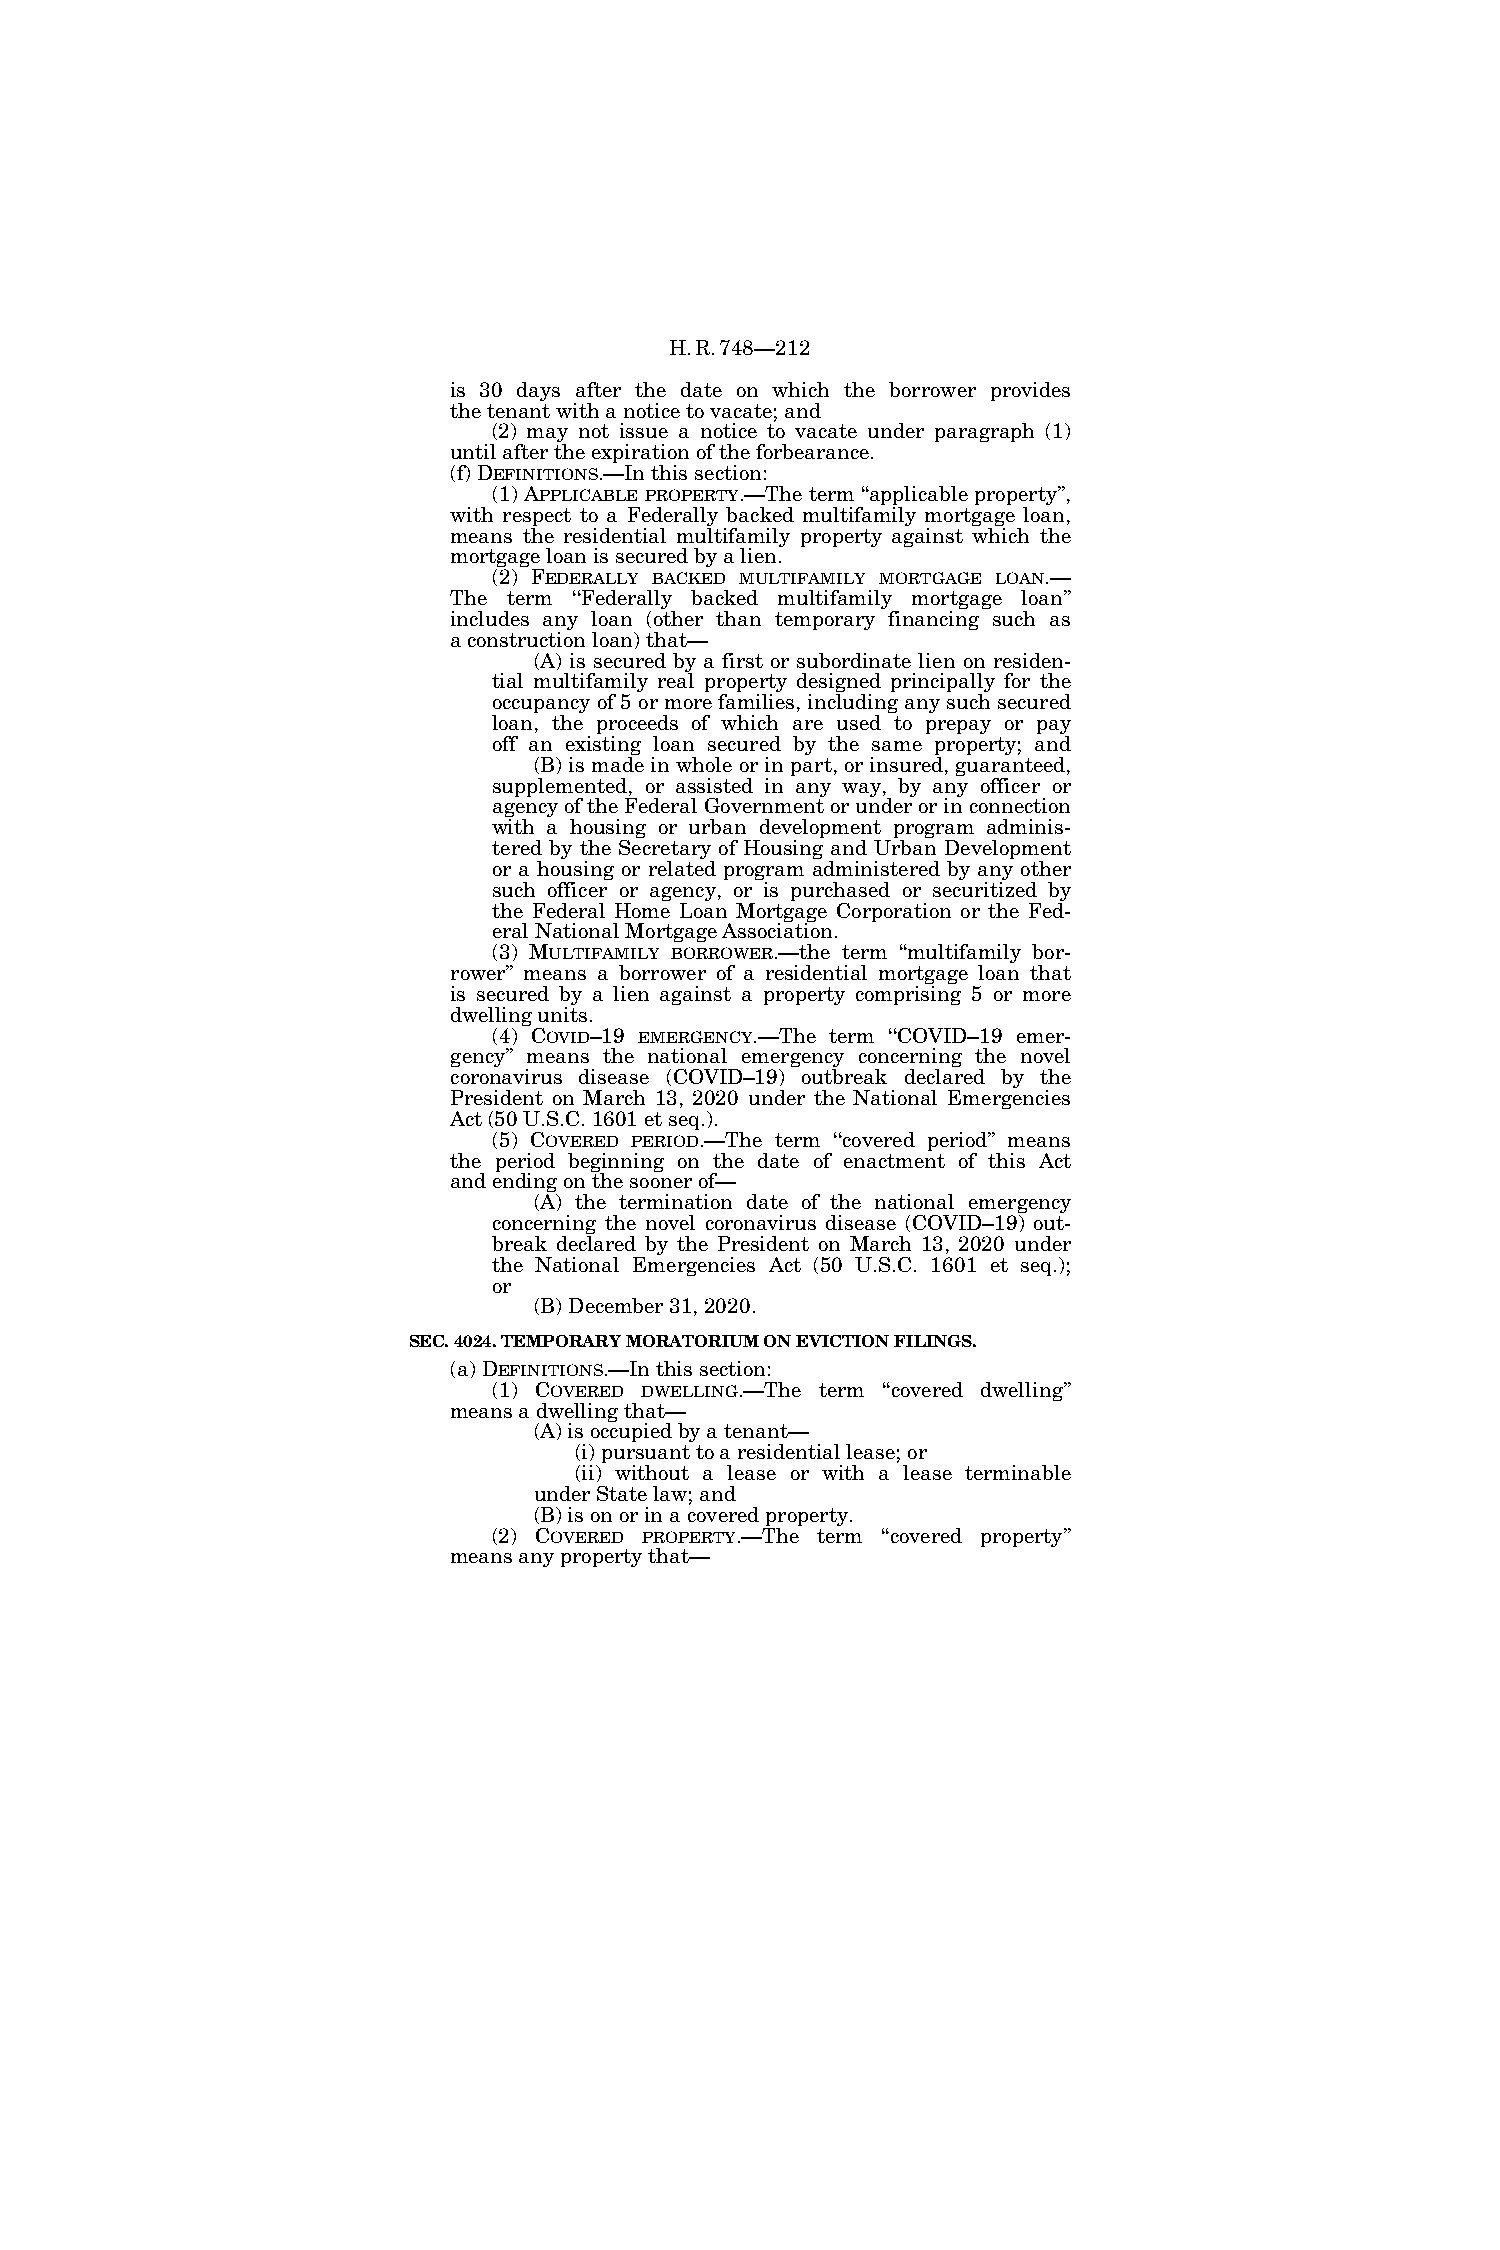
H.R.748—212
 is 30 days after the date on which the borrower provides
 the tenant with a notice to vacate; and
 (2) may not issue a notice to vacate under paragraph (1)
 until after the expiration of the forbearance.
 (f) DEFINITIONS.—In this section:
 (1) APPLICABLE PROPERTY.—The term ‘‘applicable property’’,
 with respect to a Federally backed multifamily mortgage loan,
 means the residential multifamily property against which the
 mortgage loan is secured by a lien.
 (2) FEDERALLY BACKED MULTIFAMILY MORTGAGE LOAN.—
 The term ‘‘Federally backed multifamily mortgage loan’’
 includes any loan (other than temporary financing such as
 a construction loan) that—
 (A) is secured by a first or subordinate lien on residen-
 tial multifamily real property designed principally for the
 occupancy of 5 or more families, including any such secured
 loan, the proceeds of which are used to prepay or pay
 off an existing loan secured by the same property; and
 (B) is made in whole or in part, or insured, guaranteed,
 supplemented, or assisted in any way, by any officer or
 agency of the Federal Government or under or in connection
 with a housing or urban development program adminis-
 tered by the Secretary of Housing and Urban Development
 or a housing or related program administered by any other
 such officer or agency, or is purchased or securitized by
 the Federal Home Loan Mortgage Corporation or the Fed-
 eral National Mortgage Association.
 (3) MULTIFAMILY BORROWER.—the term ‘‘multifamily bor-
 rower’’ means a borrower of a residential mortgage loan that
 is secured by a lien against a property comprising 5 or more
 dwelling units.
 (4) COVID–19 EMERGENCY.—The term ‘‘COVID–19 emer-
 gency’’ means the national emergency concerning the novel
 coronavirus disease (COVID–19) outbreak declared by the
 President on March 13, 2020 under the National Emergencies
 Act (50 U.S.C. 1601 et seq.).
 (5) COVERED PERIOD.—The term ‘‘covered period’’ means
 the period beginning on the date of enactment of this Act
 and ending on the sooner of—
 (A) the termination date of the national emergency
 concerning the novel coronavirus disease (COVID–19) out-
 break declared by the President on March 13, 2020 under
 the National Emergencies Act (50 U.S.C. 1601 et seq.);
 or
 (B) December 31, 2020.
 SEC. 4024. TEMPORARY MORATORIUM ON EVICTION FILINGS.
 (a) DEFINITIONS.—In this section:
 (1) COVERED DWELLING.—The term ‘‘covered dwelling’’
 means a dwelling that—
 (A) is occupied by a tenant—
 (i) pursuant to a residential lease; or
 (ii) without a lease or with a lease terminable
 under State law; and
 (B) is on or in a covered property.
 (2) COVERED PROPERTY.—The term ‘‘covered property’’
 means any property that—